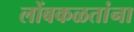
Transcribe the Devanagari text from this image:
लोंबकळतांना